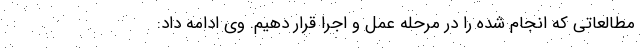
مطالعاتی که انجام شده را در مرحله عمل و اجرا قرار دهیم. وی ادامه داد: